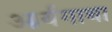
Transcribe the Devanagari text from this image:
आर्यगाथा